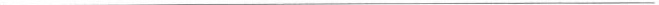
___